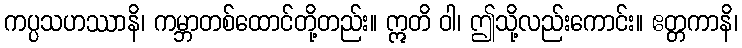
ကပ္ပသဟဿာနိ၊ ကမ္ဘာတစ်ထောင်တို့တည်း။ ဣတိ ဝါ၊ ဤသို့လည်းကောင်း။ ဧတ္တကာနိ၊